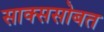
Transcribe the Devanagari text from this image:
साक्ससोबत